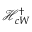
\mathcal { H } _ { c W } ^ { \dagger }